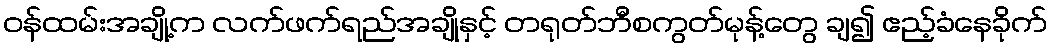
ဝန်ထမ်းအချို့က လက်ဖက်ရည်အချိုနှင့် တရုတ်ဘီစကွတ်မုန့်တွေ ချ၍ ဧည့်ခံနေခိုက်